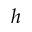
h